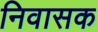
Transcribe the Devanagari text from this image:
निवासक